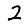
Digit: 2